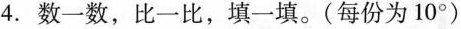
4. 数一数，比一比，填一填。(每份为10°)